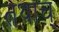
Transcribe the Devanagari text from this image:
तथाच्